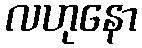
လဟုနော